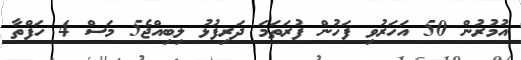
އުމުރުން 50 އަހަރުވި ފަހުން ފުރަތަމަ ދަރިފުޅު ލިބިއްޖެ5 މަސް 4 ހަފްތާ